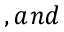
, a n d